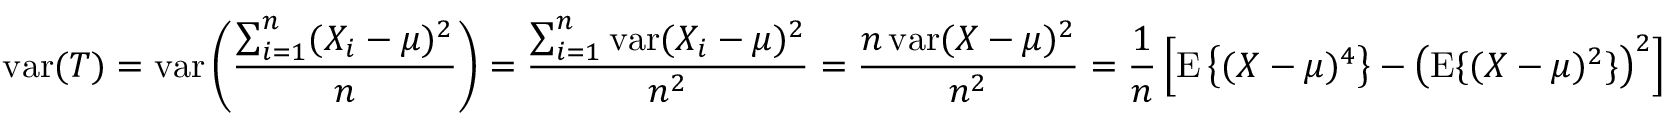
\operatorname { v a r } ( T ) = \operatorname { v a r } \left( { \frac { \sum _ { i = 1 } ^ { n } ( X _ { i } - \mu ) ^ { 2 } } { n } } \right) = { \frac { \sum _ { i = 1 } ^ { n } \operatorname { v a r } ( X _ { i } - \mu ) ^ { 2 } } { n ^ { 2 } } } = { \frac { n \operatorname { v a r } ( X - \mu ) ^ { 2 } } { n ^ { 2 } } } = { \frac { 1 } { n } } \left[ \operatorname { E } \left\{ ( X - \mu ) ^ { 4 } \right\} - \left( \operatorname { E } \{ ( X - \mu ) ^ { 2 } \} \right) ^ { 2 } \right]